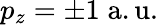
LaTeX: p_{z}=\pm 1\; \mathrm{a.u.}